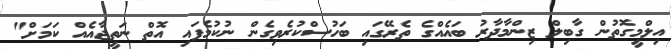
އިލްމީގޮތުން ގާބިލް ޒިންމާދާރު ބައެއްގެ ތެރޭގައި ބަހުސްކުރެވިގެން ނުކުމެފައި އޮތް ނަތީޖާއެއް ކަމަށް"